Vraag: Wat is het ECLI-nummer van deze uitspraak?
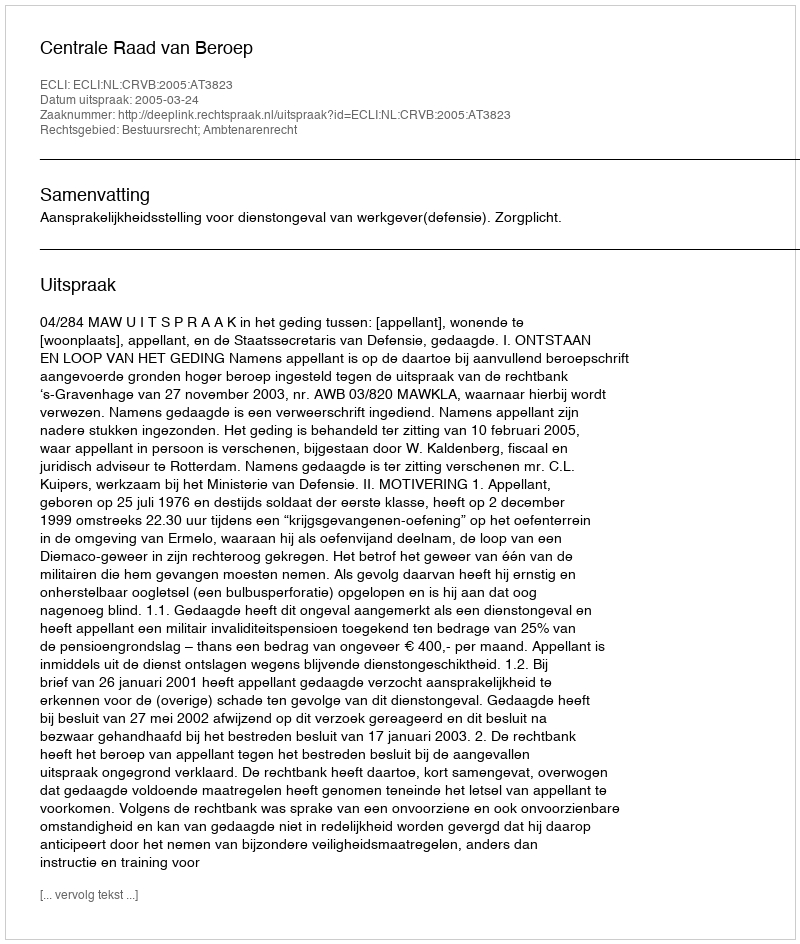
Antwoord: ECLI:NL:CRVB:2005:AT3823